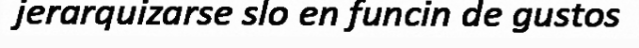
jerarquizarse slo en funcin de gustos